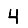
Digit: 4